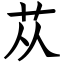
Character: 苁